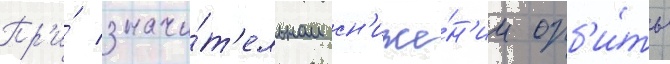
Пр'и́ значи́т'ельном сн'иже́н'ии орб'и́ты